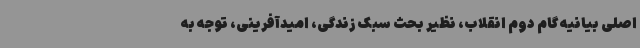
اصلی بیانیه گام دوم انقلاب، نظیر بحث سبک زندگی، امیدآفرینی، توجه به